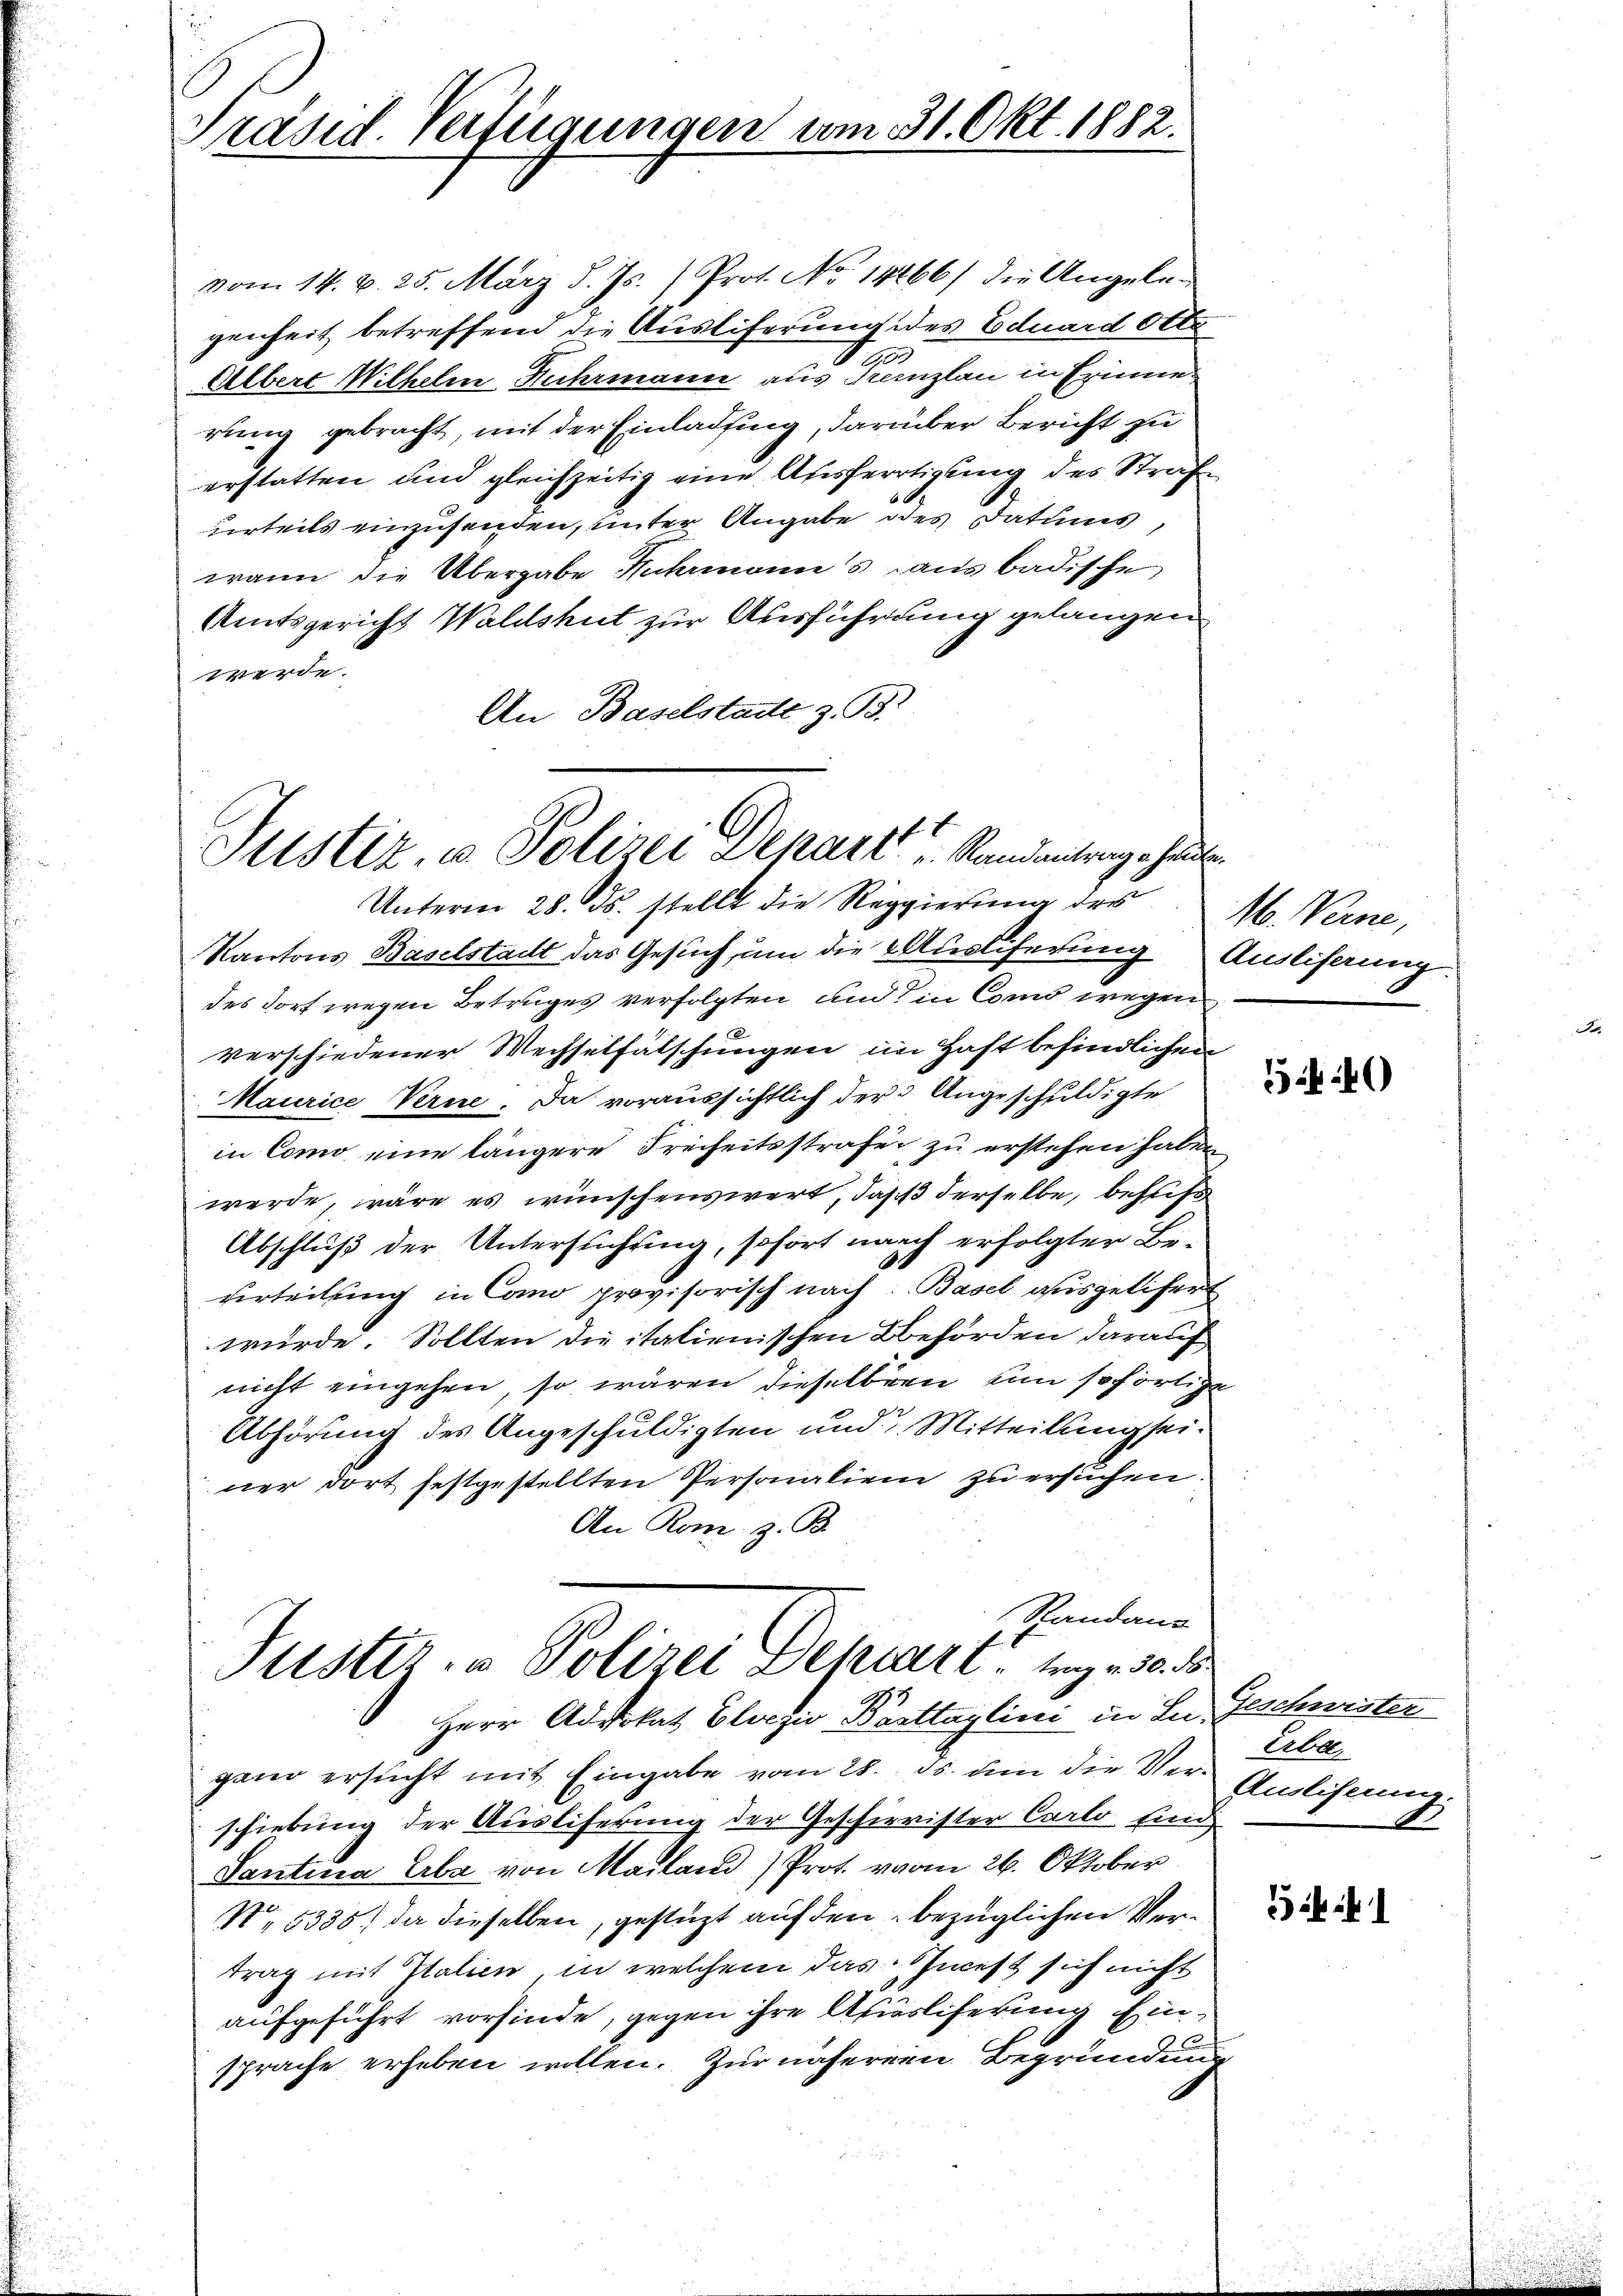
Präsid. Verfügungen vom 31. Okt. 1882.

vom 14. d. 25. März d. Js. Prot. No 14466/ die Angele-
genheit betreffend die Ausliferung des Eduard Otte
109
Albert Wilhelm Fuhrmann aus Kanzlau in Erinnes
rung gebracht, mit der Einladung, darüber Bericht zu
erstatten und gleichzeitig eine Ausfertigung des Strafe
urteils einzusenden, unter Angabe des Datums,
wann die Übergabe Fuhrmanns aus badische
Amtsgericht Waldshut zur Ausführung gelangen
werde.
An Baselstadt z. B.
Unterm 28. ds. stellt die Reggierung des
Kantons Baselstadt das Gesuch, um die Auslieferung Auslisung
des dort wegen Betruges verfolgten und in Coms wegen
verschiedener Wechselfälschungen im Haft befindlichen
Maurice Verne. Da voraussichtlich der Angeschuldigte
in Como eine längere Freiheitsstrafe zu erstehen haben
werde, wäre es wünschenswert, daß derselbe, behufs
Abschluß der Untersuchung, sofort nach erfolgter Beuerteilung in Cano provisorisch nach Basel ausgelifert
würde. Sollten die italienischen Behörden darauf
nicht eingehen, so wären dieselben um sofortige
Abhörung des Angeschuldigten und Mitteilung sei.
ner dort festgestellten Personalien zu ersuchen.
An Rom. z. B.
Standans
Justiz- u Polizei Dehnert tragen 30. d
Herr Advokat Cloezio Pasttaglini in Sei Geschweiter
gand ersucht mit Eingabe vom 28. ds. um die Ver- Auslicherung
schiebung der Ausliferung der Geschierister Carlo Eind
Santina Erbe von Mailand) Prof. vom 26. Oktober
N. 5335. da dieselben, gestüzt auf den bezüglichen Vertrag mit Italien, in welchem das Incest sich nicht
aufgeführt vorfinde, gegen ihre Auslieferung Einsprache erheben wollen. Zur näheren Begründung

Justiz, u. Polizei Depart Randantragshau

M. Verne,

40

Erber,